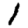
Digit: 1